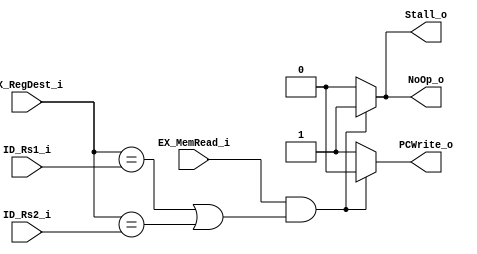
module Hazard_Detection(
    EX_MemRead_i,
    EX_RegDest_i,
    ID_Rs1_i,
    ID_Rs2_i,
    NoOp_o, // go to mux between control and ID/EX: as pg 30 of slide
    Stall_o,// as IF/IDWrite signal in pg 30 of slide
    PCWrite_o
);

// load-use hazard: insert bubble to EX stage(control set to 0),
// and IF/IDWrite set to 0 to let PC not progress

// if control hazard: flush pipeline by zero the instruction field 

input EX_MemRead_i;
input [4:0] EX_RegDest_i;
input [4:0] ID_Rs1_i;
input [4:0] ID_Rs2_i;
output NoOp_o;
output Stall_o;
output PCWrite_o;

reg NoOp;
reg stall;
reg PCWrite;

assign NoOp_o = NoOp;
assign Stall_o = stall;
assign PCWrite_o = PCWrite;

always @(*) begin 
    if(EX_MemRead_i && (EX_RegDest_i == ID_Rs1_i || EX_RegDest_i == ID_Rs2_i) )begin
        NoOp = 1;
        stall = 1;
        PCWrite = 0;
    end
    else begin
        NoOp = 0;
        stall = 0;
        PCWrite = 1;
    end
end

endmodule